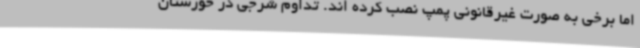
اما برخی به صورت غیرقانونی پمپ نصب کرده اند. تداوم شرجی در خوزستان